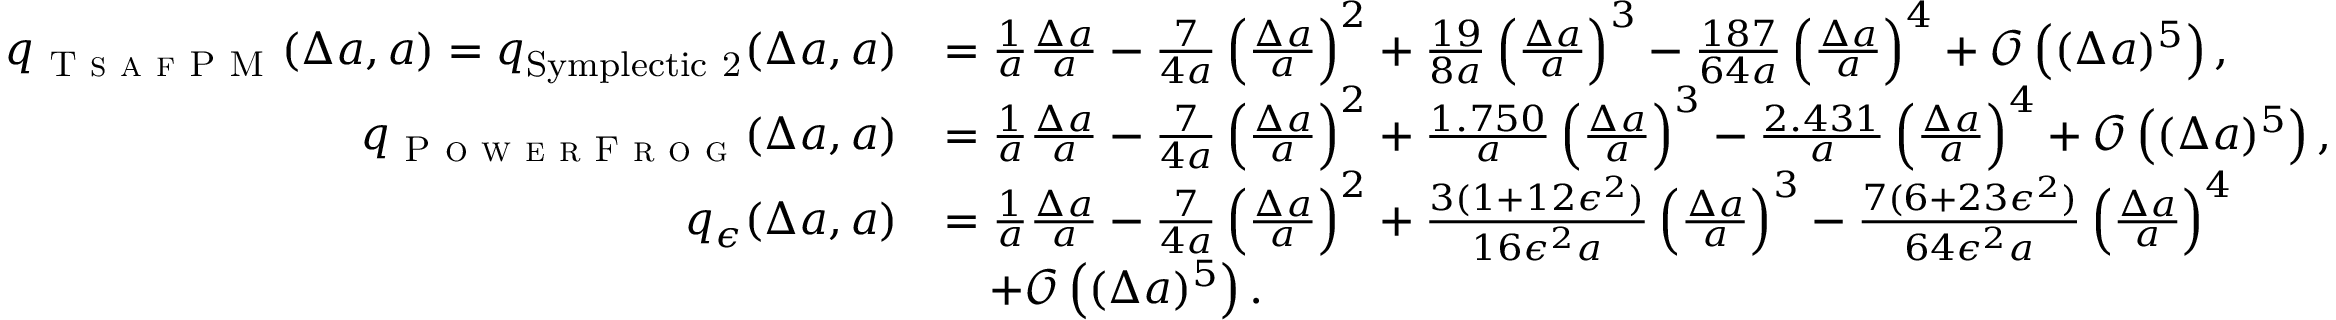
\begin{array} { r l } { q _ { \textsc { T s a f P M } } ( \Delta a , a ) = q _ { \mathrm { { S y m p l e c t i c ~ 2 } } } ( \Delta a , a ) } & { = \frac { 1 } { a } \frac { \Delta a } { a } - \frac { 7 } { 4 a } \left( \frac { \Delta a } { a } \right) ^ { 2 } + \frac { 1 9 } { 8 a } \left( \frac { \Delta a } { a } \right) ^ { 3 } - \frac { 1 8 7 } { 6 4 a } \left( \frac { \Delta a } { a } \right) ^ { 4 } + \mathscr { O } \left( ( \Delta a ) ^ { 5 } \right) , } \\ { q _ { \textsc { P o w e r F r o g } } ( \Delta a , a ) } & { = \frac { 1 } { a } \frac { \Delta a } { a } - \frac { 7 } { 4 a } \left( \frac { \Delta a } { a } \right) ^ { 2 } + \frac { 1 . 7 5 0 } { a } \left( \frac { \Delta a } { a } \right) ^ { 3 } - \frac { 2 . 4 3 1 } { a } \left( \frac { \Delta a } { a } \right) ^ { 4 } + \mathscr { O } \left( ( \Delta a ) ^ { 5 } \right) , } \\ { q _ { \epsilon } ( \Delta a , a ) } & { = \frac { 1 } { a } \frac { \Delta a } { a } - \frac { 7 } { 4 a } \left( \frac { \Delta a } { a } \right) ^ { 2 } + \frac { 3 ( 1 + 1 2 \epsilon ^ { 2 } ) } { 1 6 \epsilon ^ { 2 } a } \left( \frac { \Delta a } { a } \right) ^ { 3 } - \frac { 7 ( 6 + 2 3 \epsilon ^ { 2 } ) } { 6 4 \epsilon ^ { 2 } a } \left( \frac { \Delta a } { a } \right) ^ { 4 } } \\ & { \quad + \mathscr { O } \left( ( \Delta a ) ^ { 5 } \right) . } \end{array}